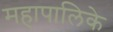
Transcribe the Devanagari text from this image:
महापालिके